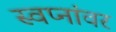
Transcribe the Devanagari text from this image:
स्वप्नांवर